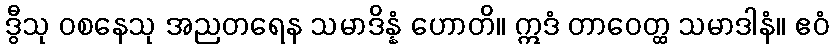
ဒွီသု ဝစနေသု အညတရေန သမာဒိန္နံ ဟောတိ။ ဣဒံ တာဝေတ္ထ သမာဒါနံ။ ဧဝံ